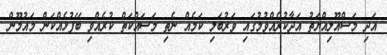
އަދި މަސްއޫލިއްޔަތު އަދާކުރެއްވުމުގައި ވަރުބަލި ކަމެއް ނެތި މަސައްކަތް ކުރެއްވި ބޭފުޅެއްކަން މައުމޫން